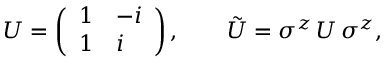
U = \left( \begin{array} { l l } { { 1 } } & { { - i } } \\ { { 1 } } & { { i } } \end{array} \right) , \qquad \tilde { U } = \sigma ^ { z } \, U \, \sigma ^ { z } ,